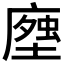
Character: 𧍽